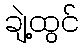
ချဲ့ထွင်